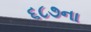
૬૮૭ના